Indian journal of veterinary science and animal husbandry - Volumes 26-27, 1956-1957
Year: 1956
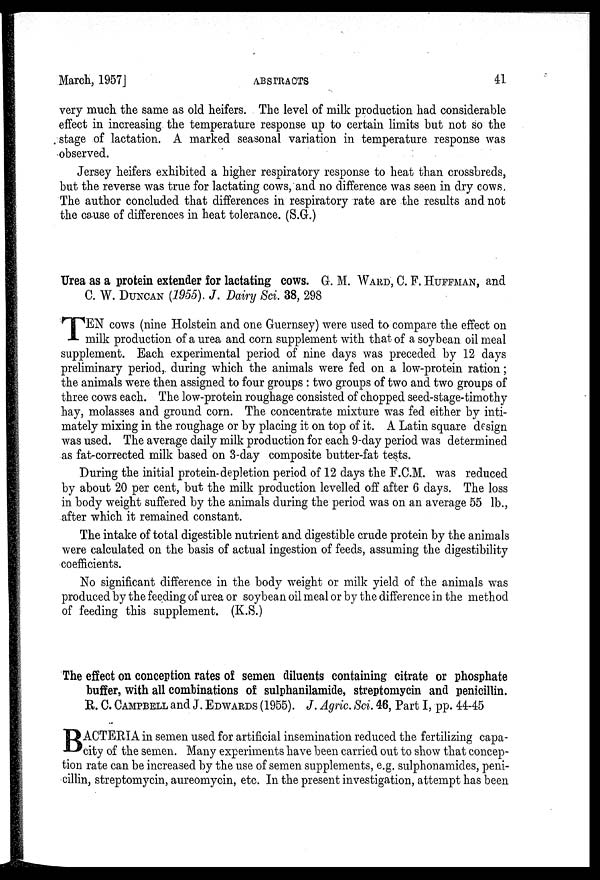
March, 1957J
ABSTRACTS
41
very much the same as old heifers. The level of milk production had considerable
effect in increasing the temperature response up to certain limits but not so the
stage of lactation. A marked seasonal variation in temperature response was
observed.
Jersey heifers exhibited a higher respiratory response to heat than crossbreds,
but the reverse was true for lactating cows, and no difference was seen in dry cows,
The author concluded that differences in respiratory rate are the results and not
the cause of differences in heat tolerance. (S.G.)
Urea as a protein extender for lactating cows. G. M. WARD, C. F. HUFFMAN, and
C. W. DUNCAN (1955). J. Dairy Sci. 38, 298
T EN cows (nine Holstein and one Guernsey) were used to compare the effect on
milk production of a urea and corn supplement with that of a soybean oil meal
supplement. Each experimental period of nine days was preceded by 12 days
preliminary period, during which the animals were fed on a low-protein ration;
the animals were then assigned to four groups : two groups of two and two groups of
three cows each. The low-protein roughage consisted of chopped seed-stage-timothy
hay, molasses and ground corn. The concentrate mixture was fed either by inti-
mately mixing in the roughage or by placing it on top of it. A Latin square design
was used. The average daily milk production for each 9-day period was determined
as fat-corrected milk based on 3-day composite butter-fat tests.
During the initial protein-depletion period of 12 days the F.C.M. was reduced
by about 20 per cent, but the milk production levelled off after 6 days. The loss
in body weight suffered by the animals during the period was on an average 55 lb.,
after which it remained constant.
The intake of total digestible nutrient and digestible crude protein by the animals
were calculated on the basis of actual ingestion of feeds, assuming the digestibility
coefficients.
No significant difference in the body weight or milk yield of the animals was
produced by the feeding of urea or soybean oil meal or by the difference in the method
of feeding this supplement. (K.S.)
The effect on conception rates of semen diluents containing citrate or phosphate
buffer, with all combinations of sulphanilamide, streptomycin and penicillin.
R. C. CAMPBELL and J. EDWARDS (1955). J. Agric. Sci. 46, Part I, pp. 44-45
B ACTERIA in semen used for artificial insemination reduced the fertilizing capa-
city of the semen. Many experiments have been carried out to show that concep-
tion rate can be increased by the use of semen supplements, e.g. sulphonamides, peni-
cillin, streptomycin, aureomycin, etc. In the present investigation, attempt has been